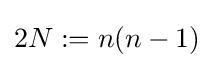
2N:=n(n-1)